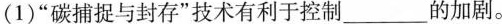
(1)”碳捕捉与封存”技术有利于控制___的加剧。